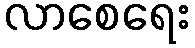
လာစေရေး